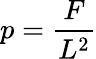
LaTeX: p={\frac{F}{L^{2}}}